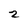
Character: 2